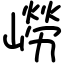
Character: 嶗